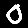
Digit: 0